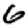
Digit: 6